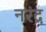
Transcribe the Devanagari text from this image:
नरंद्र